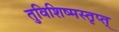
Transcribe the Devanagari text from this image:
तुविशिष्मस्तृप्त्